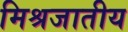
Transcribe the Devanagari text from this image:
मिश्रजातीय